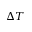
\Delta T